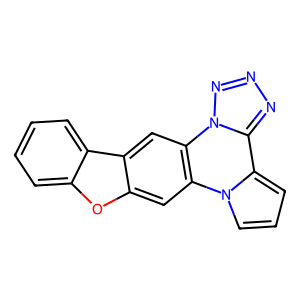
SMILES: c1ccc2c(c1)oc1cc3c(cc12)-n1nnnc1-c1cccn1-3
Inhibits HIV replication: No